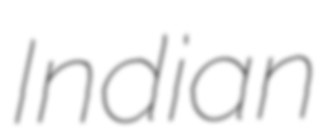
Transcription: Indian